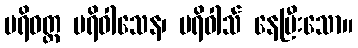
ပရိဝတ္တ ပရိဝါသေန၊ ပရိဝါသ် နေပြီးသော။